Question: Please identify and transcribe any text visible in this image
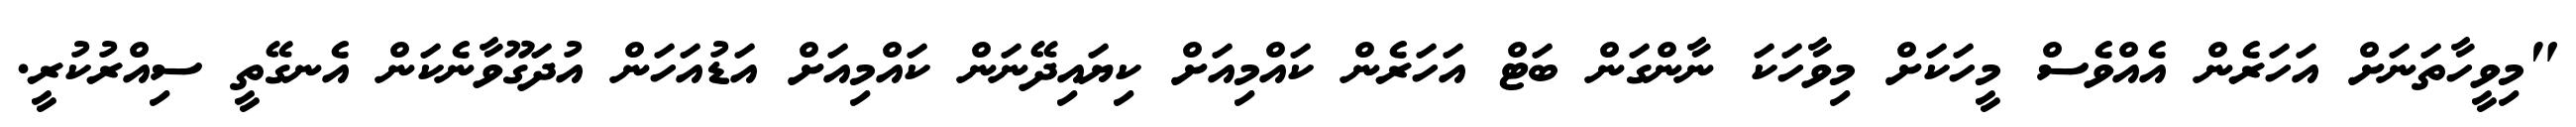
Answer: "މިވީހާތަނަށް އަހަރެން އެއްވެސް މީހަކަށް މިވާހަކަ ނާންގަން ބަޓް އަހަރެން ކައްމިއަށް ކިޔައިދޭނަން ކައްމިއަށް އަޑުއަހަން އުދަގޫވާނެކަން އެނގޭތީ ސިއްރުކުރީ.